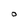
Character: O